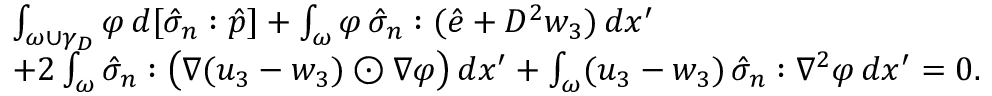
\begin{array} { r l } & { \int _ { \omega \cup \gamma _ { D } } \varphi \, d [ \hat { \sigma } _ { n } : \hat { p } ] + \int _ { \omega } \varphi \, \hat { \sigma } _ { n } : ( \hat { e } + D ^ { 2 } w _ { 3 } ) \, d x ^ { \prime } } \\ & { + 2 \int _ { \omega } \hat { \sigma } _ { n } : \big ( \nabla ( u _ { 3 } - w _ { 3 } ) \odot \nabla \varphi \big ) \, d x ^ { \prime } + \int _ { \omega } ( u _ { 3 } - w _ { 3 } ) \, \hat { \sigma } _ { n } : \nabla ^ { 2 } \varphi \, d x ^ { \prime } = 0 . } \end{array}